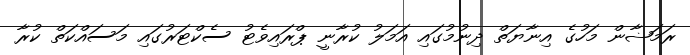
ރަމަޟާން މަހުގެ އިނާޔަތް ދިނުމުގައި އަމަލު ކުރާނީ ޕްރައިވެޓު ސެކްޓަރުގައި މަސައްކަތް ކުރާ